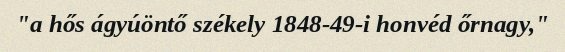
"a hős ágyúöntő székely 1848-49-i honvéd őrnagy,"